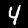
Label: 4